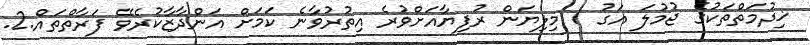
ޚިދުމަތްތަކުގެ ޖުމުލަ އަގު 1 މިލިޔަން ރުފިޔާއަށްވުރެ އިތުރުވާނެ ކަމަށް އަންދާޒާކުރެވޭ ފަރާތްތައް.2.